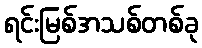
ရင်းမြစ်အသစ်တစ်ခု